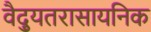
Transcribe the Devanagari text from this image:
वैद्युतरासायनिक